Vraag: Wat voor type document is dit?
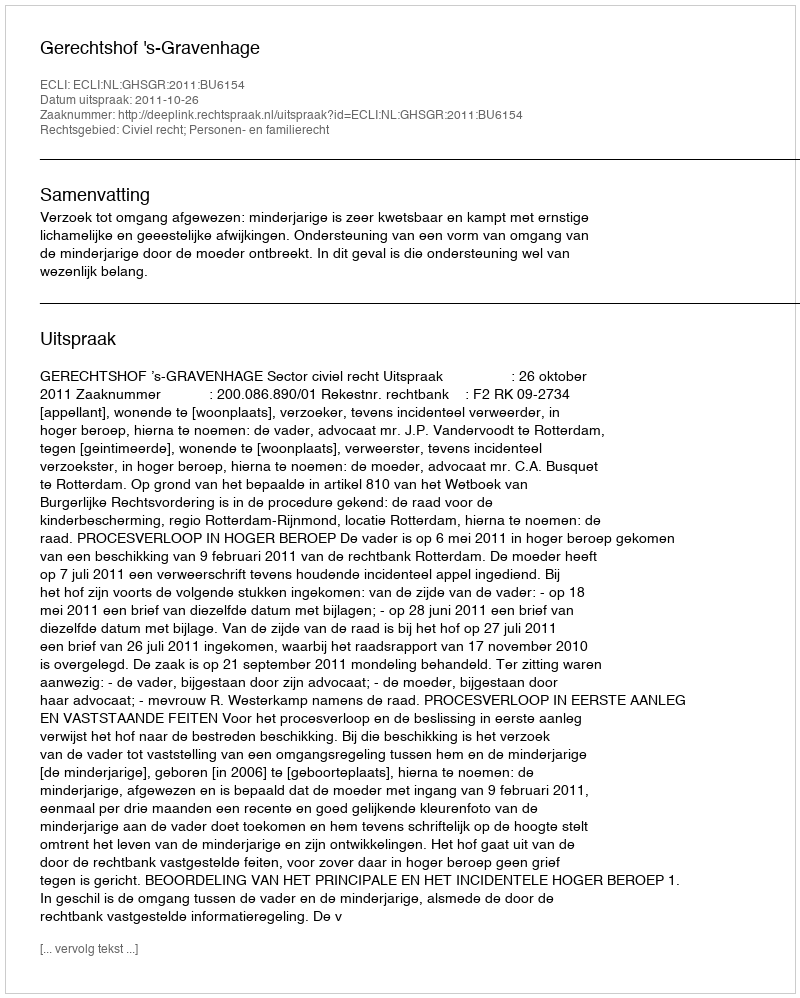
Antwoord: Uitspraak